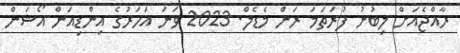
ރާއްޖެއަށް ލިބުނު ފުރަތަމަ ރަން މެޑެލް. 2023 ވަނަ އަހަރުގެ އިންޑިއަން އޯޝަން